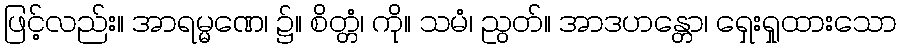
ဖြင့်လည်း။ အာရမ္မဏေ၊ ၌။ စိတ္တံ၊ ကို။ သမံ၊ ညွတ်။ အာဒဟန္တော၊ ရှေးရှုထားသော